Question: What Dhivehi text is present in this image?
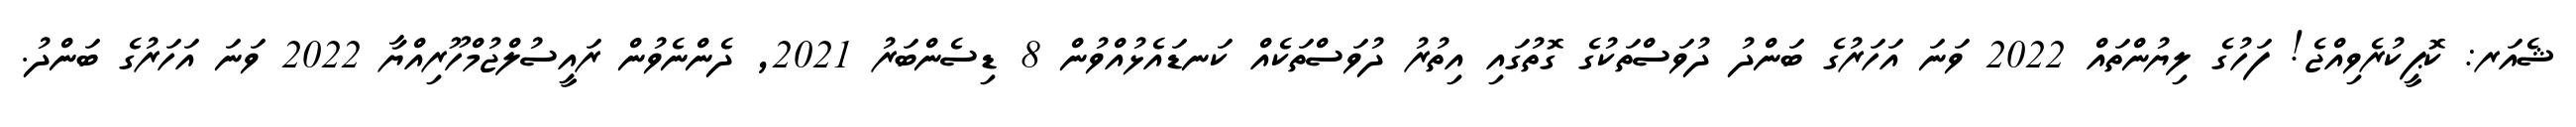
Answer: ޝެއަރ: ކޮޕީކުރެވިއްޖެ! ފަހުގެ ލިޔުންތައް 2022 ވަނަ އަހަރުގެ ބަންދު ދުވަސްތަކުގެ ގޮތުގައި އިތުރު ދުވަސްތަކެއް ކަނޑައެޅުއްވުން 8 ޑިސެންބަރު 2021, ދެންނެވުން ރައީސުލްޖުމްހޫރިއްޔާ 2022 ވަނަ އަހަރުގެ ބަންދު.